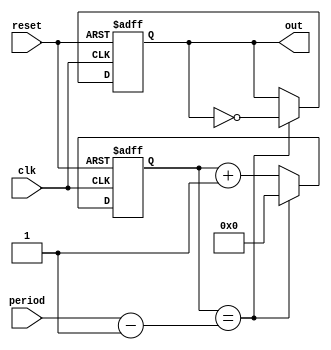
module periodic_timer(
    input clk,
    input reset,
    input [31:0] period,
    output reg out
);

reg [31:0] count;

always @ (posedge clk or posedge reset) begin
    if (reset) begin
        count <= 0;
        out <= 0;
    end else begin
        if (count == period - 1) begin
            count <= 0;
            out <= ~out;
        end else begin
            count <= count + 1;
        end
    end
end

endmodule